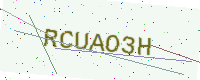
Text: RCUAO3H